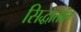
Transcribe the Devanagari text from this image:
सिद्धातांत